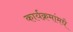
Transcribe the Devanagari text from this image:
कार्यक्रमांमधे